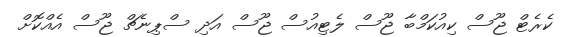
ކެރެޓް ޖޫސް ކިއުކަމްބާ ޖޫސް ލެޓިއުސް ޖޫސް އަދި ސްޕިނެޗް ޖޫސް އެއްކޮށް